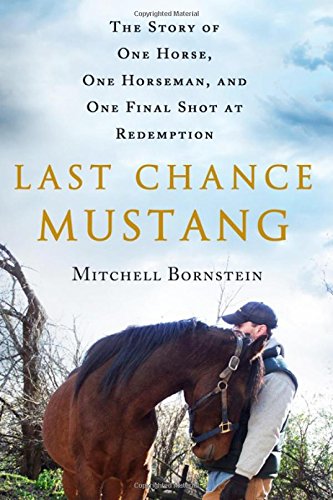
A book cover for Last Chance Mustang: The Story of One Horse, One Horseman, and One Final Shot at Redemption; Mitchell Bornstein; Crafts, Hobbies & Home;